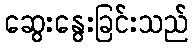
ဆွေးနွေးခြင်းသည်